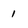
Character: 1